Insane asylums in Bengal annual reports 1876-1887 - 1876-1887
Year: 1876
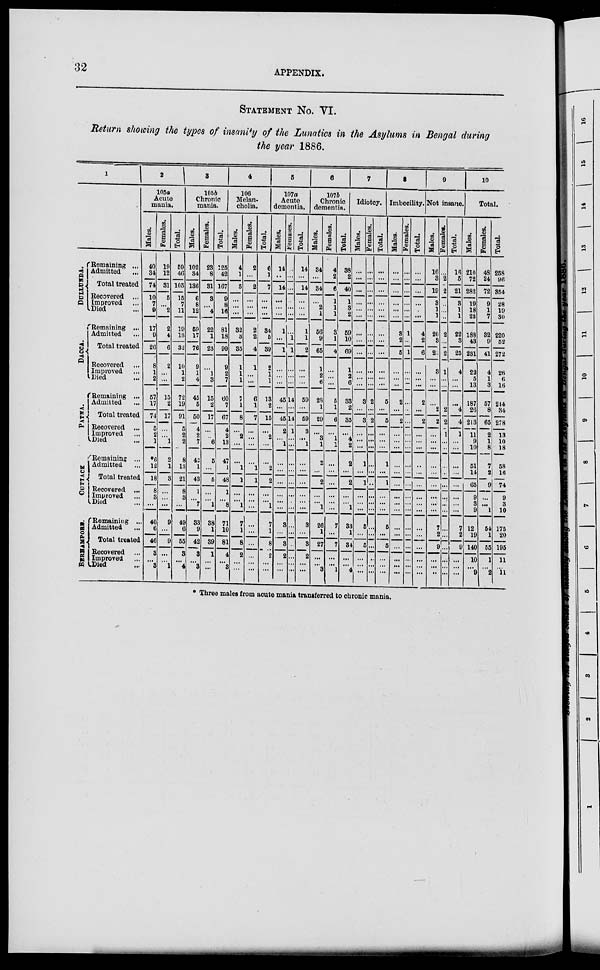
32
APPENDIX.
STATEMENT No. VI.
Return showing the types of insanity of the Lunatics in the Asylums in Bengal during
the year 1886.
1
DULLUNDA.
DACCA.
PATNA.
CUTTACK
B E R HAMP OR E .
Remaining ...
Admitted ...
Total treated
Recovered ...
Improved ...
Died ...
Remaining ...
Admitted ...
Total treated
Recovered ...
Improved ...
Died ...
Remaining ...
Admitted ...
Total treated
Recovered ...
Improved ...
Died ...
Remaining ...
Admitted ...
Total treated
Recovered ...
Improved ...
Died ...
Remaining ...
Admitted ...
Total treated
Recovered ...
Improved ...
Died ...
2
105a
Acute
mania.
Males.
40
34
74
10
7
9
17
9
20
8
1
2
57
17
74
5
2
1
*6
12
18
8
3
...
40
6
46
3
... 3
Females.
19
12
31
5
...
2
2
4
6
2
...
...
15
2
17
...
...
1
2
1
3
...
...
...
9
...
9
...
...
1
Total.
59
46
105
16
7
11
19
13
32
10
1
2
72
19
91
5
2
2
8
13
21
8
3
...
49
6
55
3
...
4
8
105b
Chronic
mania.
Males.
102
34
136
6
8
12
59
17
76
9
1
4
45
6
50
4
2
7
42
1
43
1
...
7
39
9
42
3
... 3
Females.
23
8
31
3
...
4
22
1
23
...
1
3
15
2
17
...
... 6
5
...
5
...
... 1
33
1
39
1
...
...
Total.
125
42
167
9
8
16
81
18
99
9
2
7
60
7
67
4
2
13
47
1
48
1
... 8
71
10
81
4
... 3
4
106
Melan-
cholia.
Males.
4
1
5
...
...
...
32
3
35
1
1
1
7
1
8
...
2
...
...
1
1
...
... 1
7
1
8
2
...
...
Females.
2
...
2
...
...
...
2
2
4
1
...
...
6
1
7
...
...
...
...
1
1
...
...
...
...
...
...
2
...
...
Total.
6
1
7
...
...
...
34
5
39
2
1
1
13
2
15
...
2
...
...
2
2
...
... 1
7
1
8
2
...
...
5
107a
Acute
dementia.
Males.
14
...
14
...
...
...
1
...
1
...
...
...
45
...
45
2
... 1
...
...
...
...
...
...
3
...
3
2
...
...
Females.
...
...
...
...
...
...
...
1
1
...
...
...
14
..
14
1
...
...
...
...
...
...
...
...
...
...
...
...
...
...
Total.
14
...
14
...
...
...
1
1
2
...
...
...
59
...
69
3
... 1
...
...
...
...
... ...
3
...
3
2
...
...
6
107b
Chronic
dementia.
Males.
34
...
34
...
2
1
56
9
65
1
2
6
28
1
29
...
3
1
2
...
2
...
... 1
26
1
27
...
...
3
Females.
4
2
6
1
1
1
3
1
4
...
...
...
5
1
6
...
1
1
...
...
...
...
...
...
7
...
7
...
...
1
Total.
38
2
40
1
3
2
59
10
69
1
2
6
33
2
35
...
4
2
2
...
2
...
... 1
33
1
34
...
...
4
7
Idiotcy.
Males.
...
...
...
...
...
...
...
...
...
...
...
...
3
...
3
...
...
...
1
...
1
...
...
...
5
...
5
...
...
...
Females.
...
...
...
...
...
...
...
...
...
...
...
...
2
...
2
...
...
...
...
...
...
...
...
...
...
...
...
...
...
...
Total.
...
...
...
...
...
...
...
...
...
...
...
...
5
...
5
...
...
...
1
...
1
...
...
...
5
. ...
5
...
...
...
8
Imbecility.
Males.
...
...
...
...
...
...
3
2
5
...
...
...
2
...
2
...
...
...
...
...
...
...
...
...
...
...
...
...
...
...
Females.
...
...
...
...
...
...
1
...
1
...
...
...
...
...
...
...
...
...
...
...
...
...
...
...
...
...
...
...
...
...
Total.
...
...
...
...
...
...
4
2
6
...
...
...
2
...
2
...
...
...
...
...
...
...
...
...
...
...
...
...
...
...
9
Not insane.
Males.
16.
3
19
3
1
1
20
3
23
3
...
...
2
2
...
...
...
...
...
...
...
...
...
7
2
9
...
... ...
Females.
...
2
2
...
...
...
2
...
2
1
...
...
2
2
1
...
...
...
...
...
...
...
...
...
...
...
...
...
...
Total.
16
6
21
3
1
1
22
3
25
4
...
...
4
4
1
...
...
...
...
...
...
...
...
7
2
9
...
...
...
10
Total.
Males.
210
72
282
19
18
23
188
43
231
22
5
13
187
26
213
11
9
10
51
14
65
9
3
9
12
19
140
10
... 9
Females.
48
24
72
9
1
7
32
9
41
4
1
3
57
8
65
2
1
8
7
2
9
...
... 1
54
1
55
1
...
2
Total.
258
96
354
28
19
30
220
52
272
26
6
16
244
34
278
13
10
18
58
16
74
9
3
10
175
20
195
11
... 11
* Three males from acute mania transferred to chronic mania.